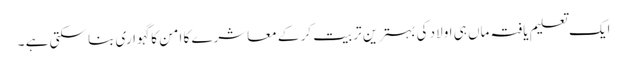
ایک تعلیم یافتہ ماں ہی اولاد کی بہترین تربیت کر کے معاشرے کا امن کا گہواری بنا سکتی ہے ۔